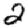
Digit: 2